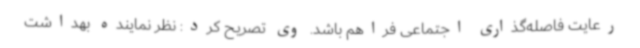
رعایت فاصله‌گذاری اجتماعی فراهم باشد. وی تصریح کرد: نظر نماینده بهداشت